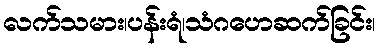
လက်သမား၊ပန်းရံ၊သံဂဟေဆက်ခြင်း၊